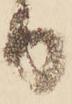
り